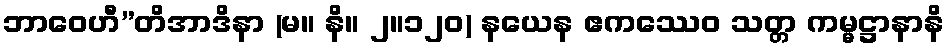
ဘာဝေဟီ”တိအာဒိနာ (မ။ နိ။ ၂။၁၂၀) နယေန ဧကဿေဝ သတ္တ ကမ္မဋ္ဌာနာနိ